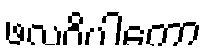
ဖလဝိပါကော